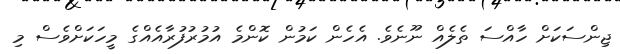
ޖިންސަކަށް ހާއްސަ ތެލެއް ނޫނެވެ. އެހެން ކަމުން ކޮންމެ އުމުރުފުރާއެއްގެ މީހަކަށްވެސް މި